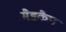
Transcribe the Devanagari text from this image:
मैडकैप